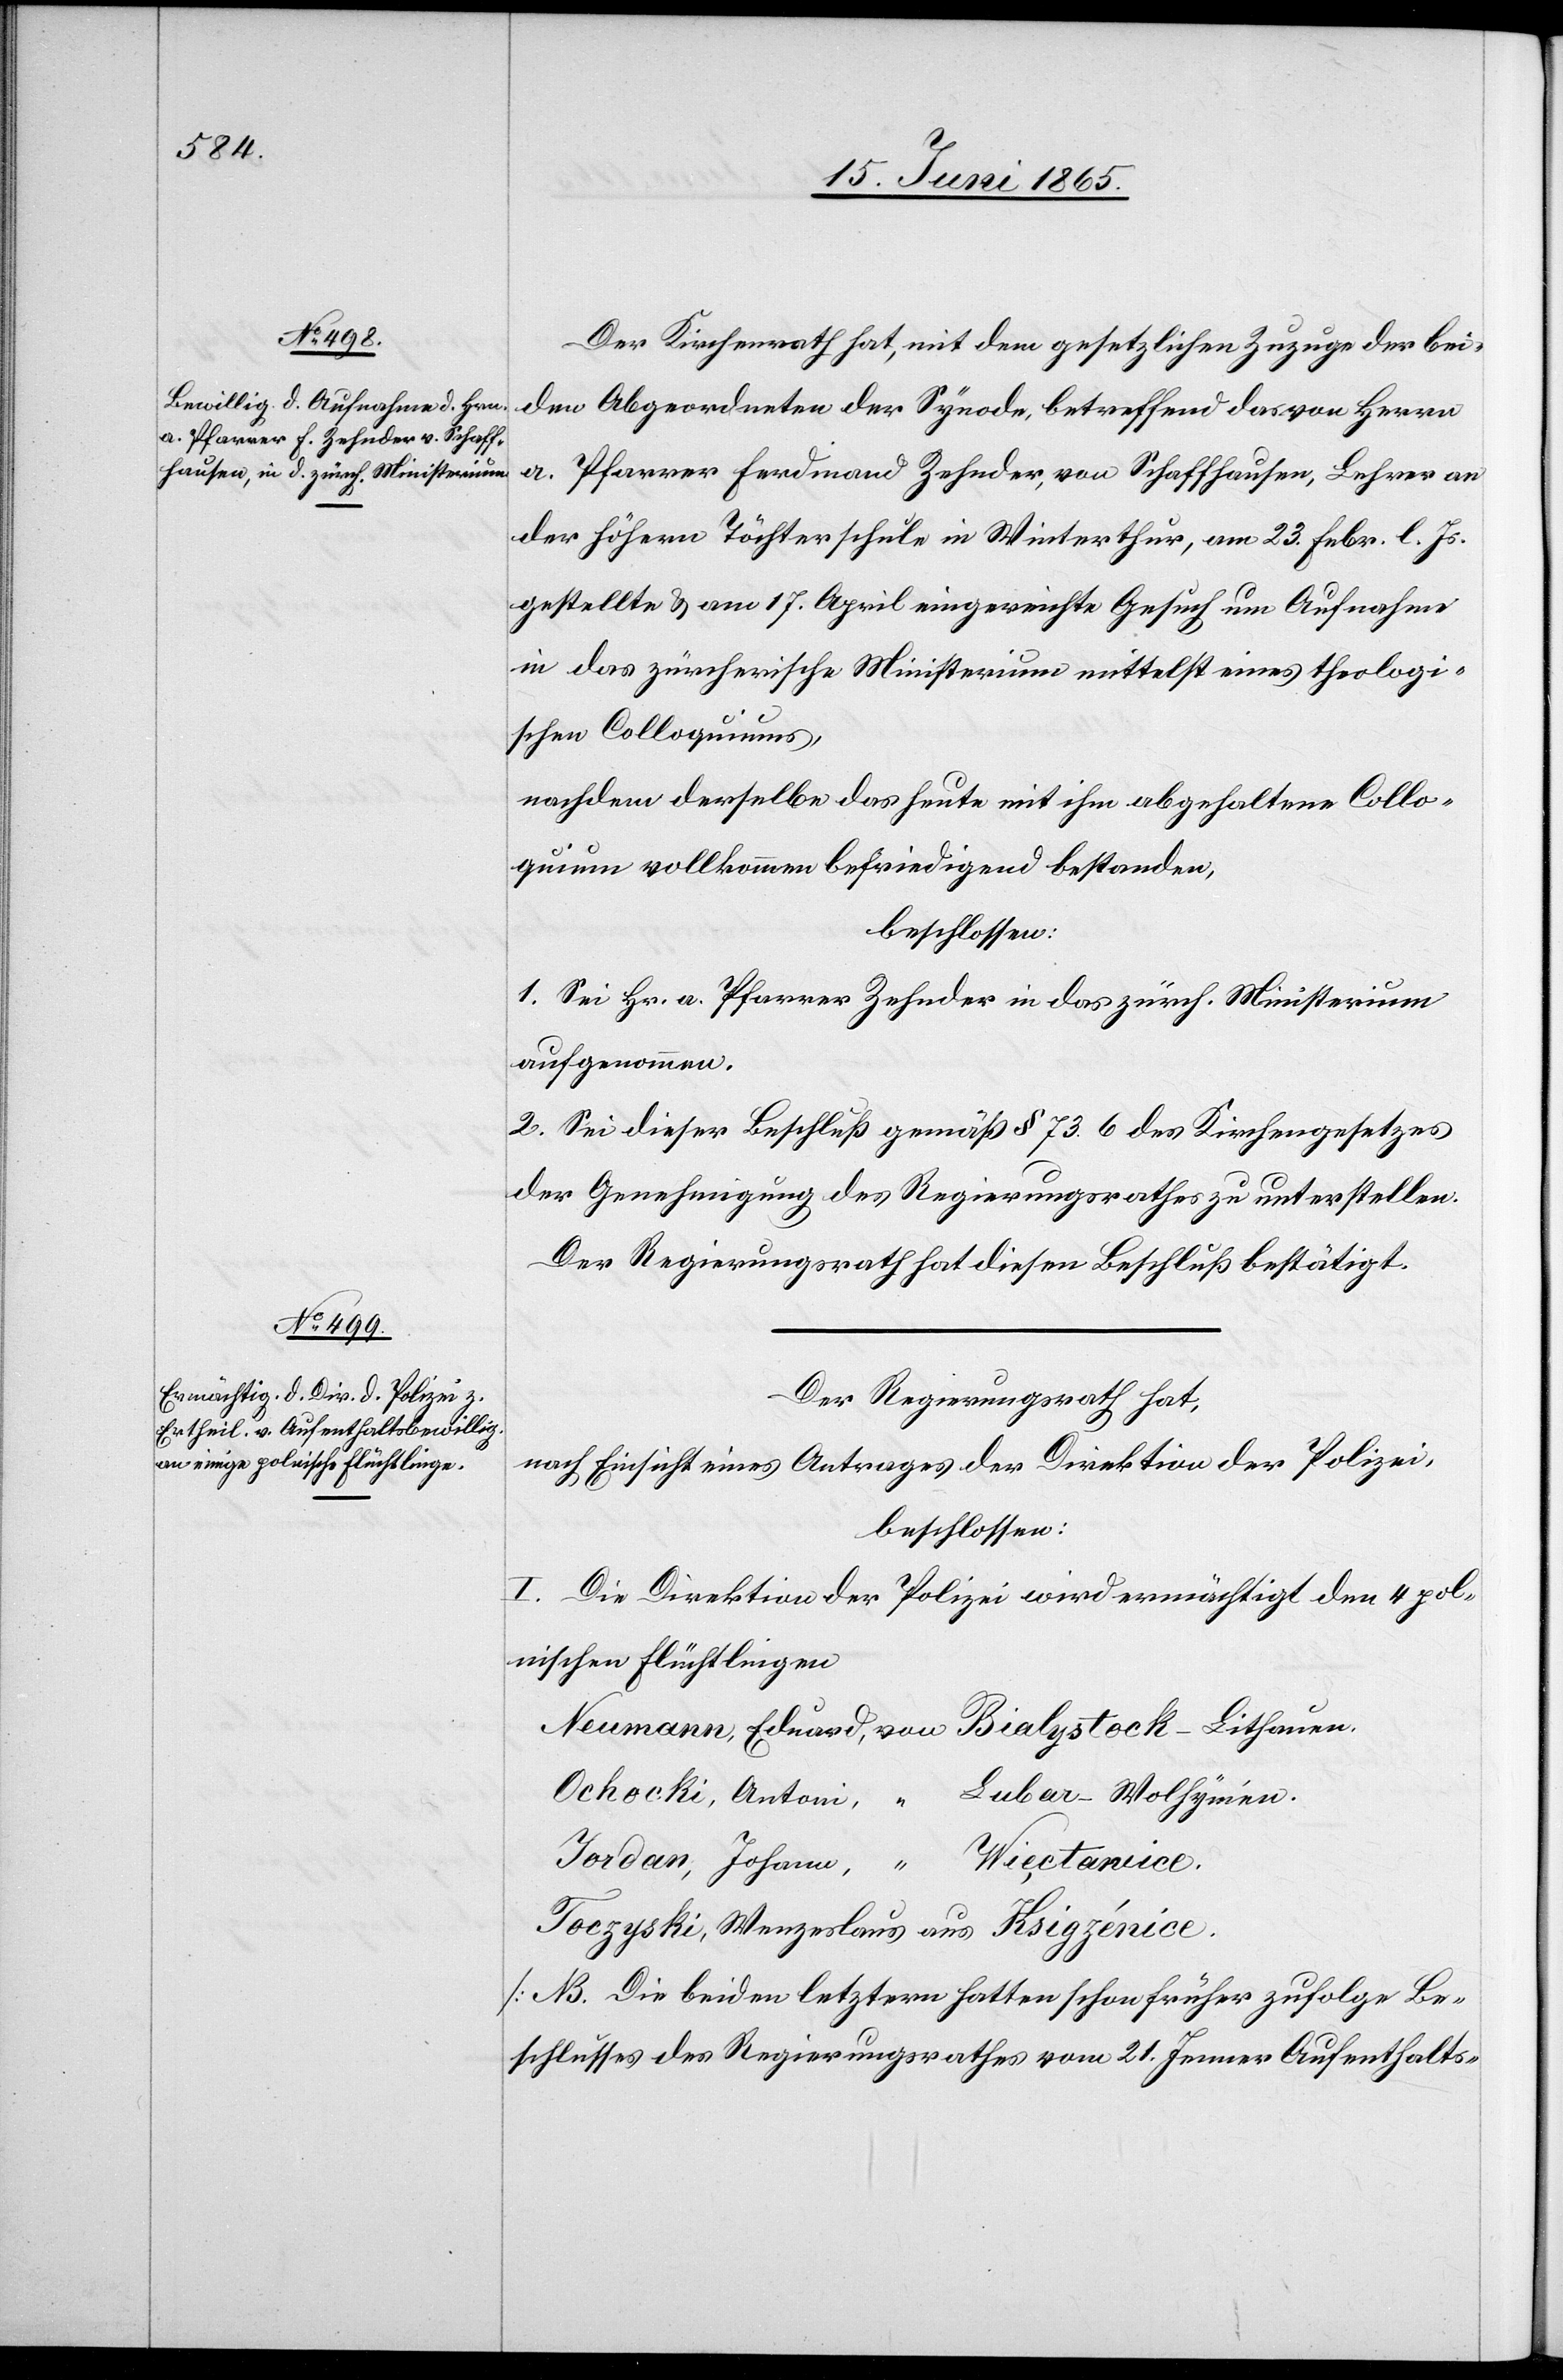
Der Kirchenrath hat, mit dem gesetzlichen Zuzuge der bei¬
den Abgeordneten der Synode, betreffend das von Herrn
a. Pfarrer Ferdinand Zehnder, von Schaffhausen, Lehrer an
der höhern Töchterschule in Winterthur, am 23. Febr. l. Js.
gestellte & am 17. April eingereichte Gesuch um Aufnahme
in das zürcherische Ministerium mittelst eines theologi¬
schen Colloquiums,
nachdem derselbe das heute mit ihm abgehaltene Collo¬
quium vollkommen befriedigend bestanden,
beschlossen:
1. Sei Hr. a. Pfarrer Zehnder in das zürch. Ministerium
aufgenommen.
2. Sei dieser Beschluß gemäß § 73. 6 des Kirchengesetzes
der Genehmigung des Regierungsrathes zu unterstellen.
der Regierungsrath hat diesen Beschluß bestätigt.
Der Regierungsrath hat,
nach Einsicht eines Antrages der Direktion der Polizei,
beschlossen:
I. Die Direktion der Polizei wird ermächtigt den 4 pol¬
nischen Flüchtlingen
Neumann, Eduard, von Bialystock-Lithauen.
Ochocki, Antoni, “ Lubar-Wolhynien.
Jordan, Johann, “ Wiectawice.
Toczyski, Wenzeslaus aus Ksigzénice.
[NB. Die beiden letztern hatten schon früher zufolge Be¬
schlusses des Regierungsrathes vom 21. Jenner Aufenthalts-